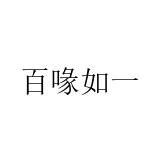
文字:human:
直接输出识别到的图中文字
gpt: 百喙如一